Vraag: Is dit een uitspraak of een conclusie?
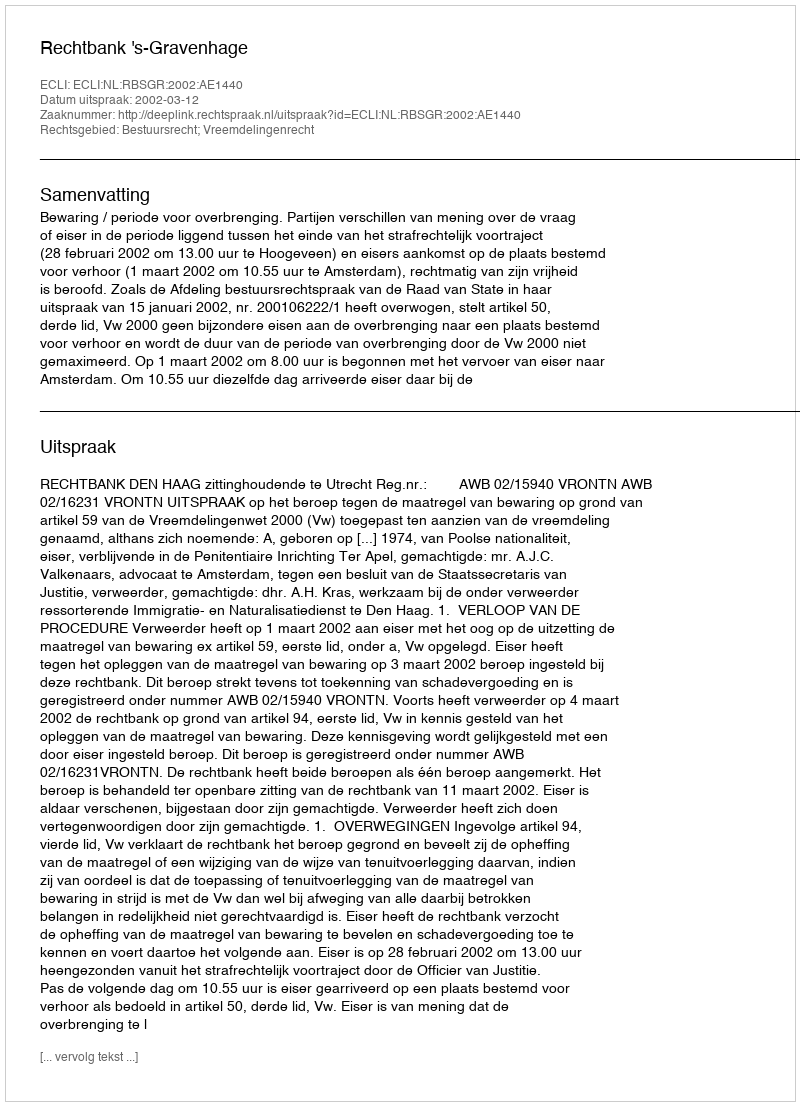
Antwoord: Uitspraak